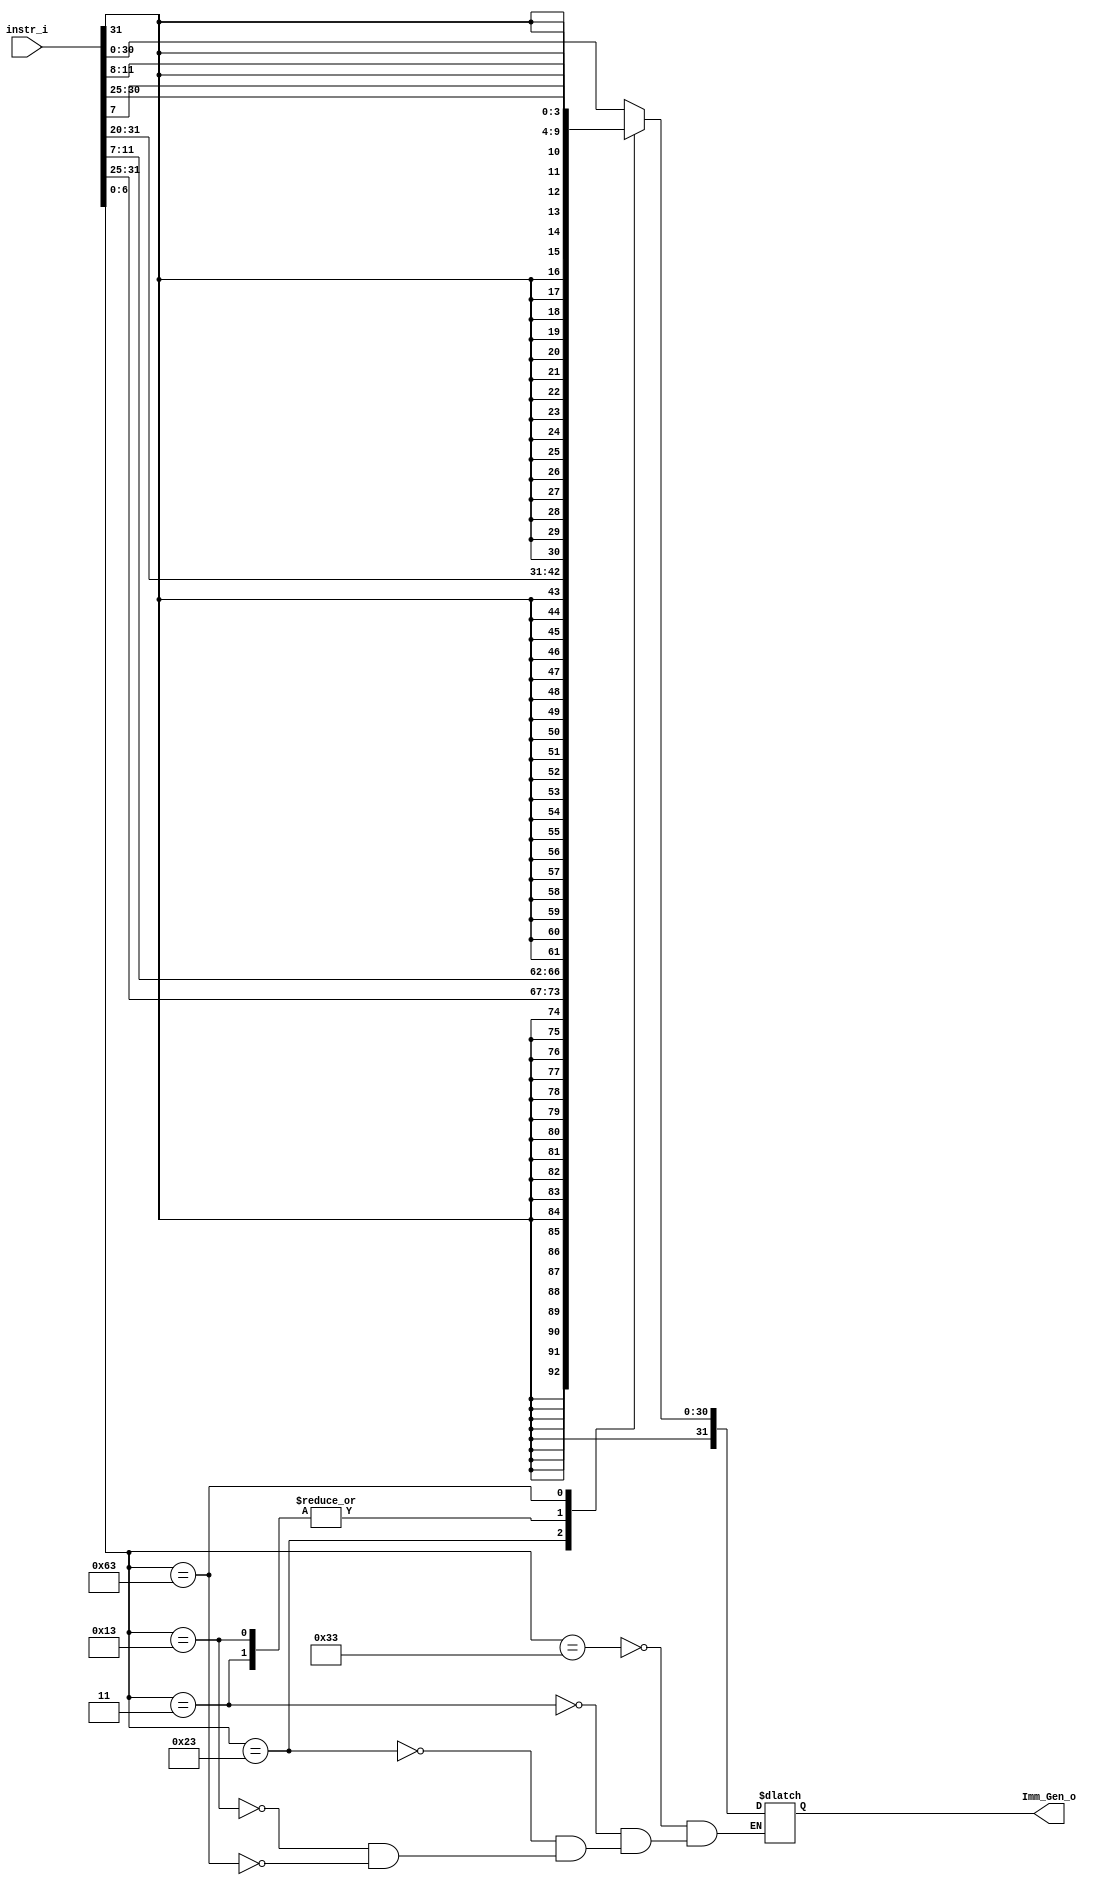
/***************************************************
Student Name: 
Student ID: 
***************************************************/

`timescale 1ns/1ps

module Imm_Gen(
	input  [31:0] instr_i,
	output [31:0] Imm_Gen_o
	);

/* Write your code HERE */
//?? Branch Imm_Gen ???????? imm[0] ?0???? {{20{imm[12]}},imm[12:1]} ???shift left 1 ???? {{20{imm[12]}},imm[12:0]}
/*
if opcode == I-type
else if opcode == S-type
else if opcode == SB-type Imm_Gen_o[12] = instr_i[31]; Imm_Gen_o[10:5] = instr_i[30:25]; Imm_Gen_o[11:8] = instr_i[4:1]; Imm_Gen_o[8] = instr_i[7]; Imm_Gen_o = {{20{Imm_Gen_o[12]}},Imm_Gen_o[12:1]}; 
else  do nth
*/
reg [31:0] Imm_Gen_out;
wire [7-1:0] opcode = instr_i[6:0];
always@ *
begin
	case(opcode)
		// R
		7'b0110011: Imm_Gen_out <= instr_i;
		// Load
		7'b0000011: 
			begin
				
				Imm_Gen_out <= {{20{instr_i[31]}},instr_i[31:20]}; 
			end
		// STORE
		7'b0100011: 
			begin
				
				Imm_Gen_out <= {{20{instr_i[31]}},instr_i[31:25],instr_i[11:7]}; 
			end
		// I_type Imm
		7'b0010011: 
			begin
				
				Imm_Gen_out <= {{20{instr_i[31]}},instr_i[31:20]}; 
			end
		// SB
		7'b1100011: 
			begin
				//Imm_Gen_o[12] <= instr_i[31]; 
				//Imm_Gen_o[10:5] <= instr_i[30:25];
				//Imm_Gen_o[4:1] <= instr_i[11:8]; 
				//Imm_Gen_o[11] <= instr_i[7]; 
				Imm_Gen_out <= {{20{instr_i[31]}},instr_i[31],instr_i[7],instr_i[30:25],instr_i[11:8]}; 
			end

	endcase
end	

assign Imm_Gen_o = Imm_Gen_out;
		
endmodule